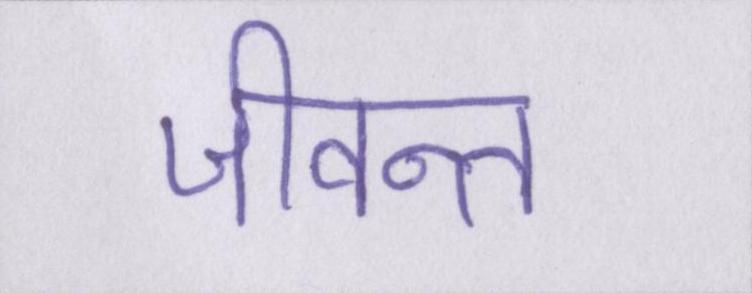
जीवन्त